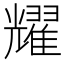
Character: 耀